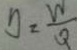
y = \frac { W } { Q }